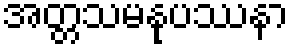
အတ္တသမနုပဿနာ